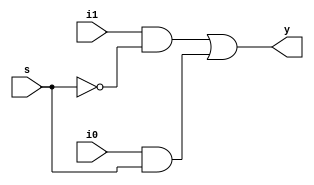
module mux2_1(input s,i0,i1,output y);

wire sbar;

assign sbar=~s;

//dataflow model

assign y=(i1&sbar)|(i0&s);

endmodule